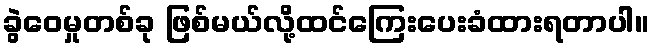
ခွဲဝေမှုတစ်ခု ဖြစ်မယ်လို့ထင်ကြေးပေးခံထားရတာပါ။